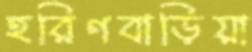
হরিণবাড়িয়া